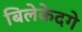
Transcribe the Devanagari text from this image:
बिलेकेदगे